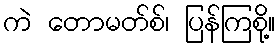
ကဲ တောမတ်စ်၊ ပြန်ကြစို့။